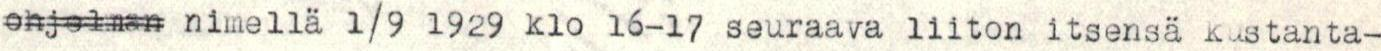
ohjelman nimellä 1/9 1929 klo 16-17 seuraava liiton itsensä kustanta-